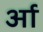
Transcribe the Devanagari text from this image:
र्आ